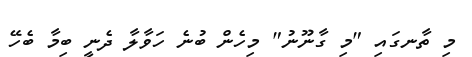
މި ތާނގައި "މި ގާނޫނު" މިހެން ބުނެ ހަވާލާ ދެނީ ބިމާ ބެހޭ